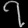
Digit: ၇